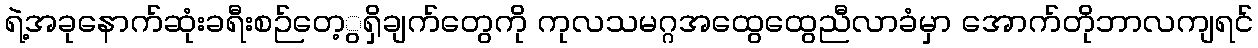
ရဲ့အခုနောက်ဆုံးခရီးစဉ်တေ့ွရှိချက်တွေကို ကုလသမဂ္ဂအထွေထွေညီလာခံမှာ အောက်တိုဘာလကျရင်